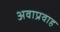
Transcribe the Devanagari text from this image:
अवाप्रवाह